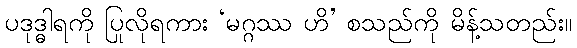
ပဒုဒ္ဓါရကို ပြုလိုရကား ‘မဂ္ဂဿ ဟိ’ စသည်ကို မိန့်သတည်း။